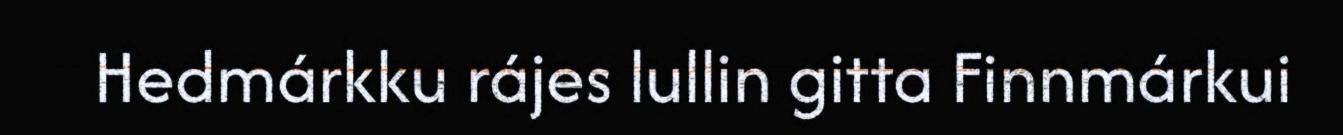
Hedmárkku rájes lullin gitta Finnmárkui